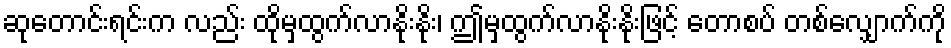
ဆုတောင်းရင်းက လည်း ထိုမှထွက်လာနိုးနိုး၊ ဤမှထွက်လာနိုးနိုးဖြင့် တောစပ် တစ်လျှောက်ကို